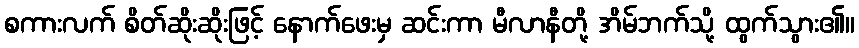
စကားလက် စိတ်ဆိုးဆိုးဖြင့် နောက်ဖေးမှ ဆင်းကာ မီလာနီတို့ အိမ်ဘက်သို့ ထွက်သွား၏။